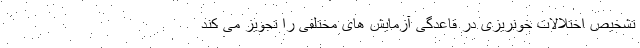
تشخیص اختلالات خونریزی در قاعدگی آزمایش های مختلفی را تجویز می کند